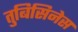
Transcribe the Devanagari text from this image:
तुबिसिनेस